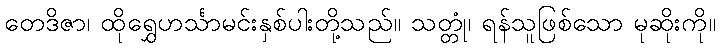
တေဒိဇာ၊ ထိုရွှေဟင်္သာမင်းနှစ်ပါးတို့သည်။ သတ္တုံ၊ ရန်သူဖြစ်သော မုဆိုးကို။